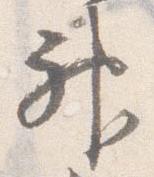
神